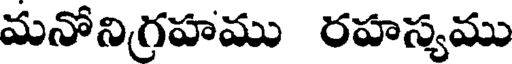
మనోనిగ్రహము రహస్యము